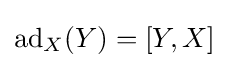
{\textstyle \operatorname {ad} _{X}(Y)=[Y,X]}